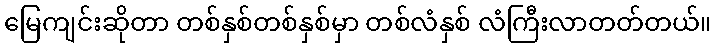
မြေကျင်းဆိုတာ တစ်နှစ်တစ်နှစ်မှာ တစ်လံနှစ် လံကြီးလာတတ်တယ်။